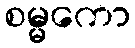
စမ္မကော